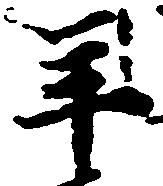
年